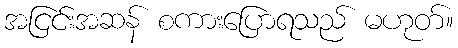
အငြင်းအဆန် စကားပြောရသည် မဟုတ်။